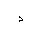
Letter: _dal